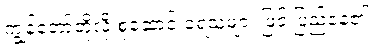
ကျွန်တော်တို့လို စုဆောင်းခံရသူများ ဖြင့် ပြည့်နေ၏။